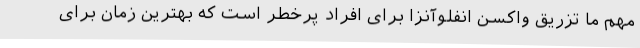
مهم ما تزریق واکسن انفلوآنزا برای افراد پرخطر است که بهترین زمان برای